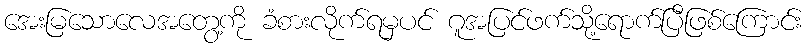
အေးမြသောလေအတွေ့ကို ခံစားလိုက်ရမှပင် ဂူအပြင်ဖက်သို့ရောက်ပြီဖြစ်ကြောင်း